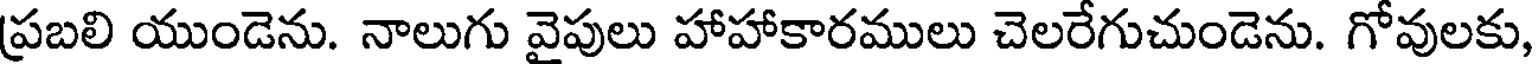
ప్రబలి యుండెను. నాలుగు వైపులు హాహాకారములు చెలరేగుచుండెను. గోవులకు,